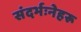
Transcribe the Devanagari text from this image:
संदर्भःनेहरू